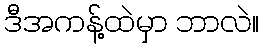
ဒီအကန့်ထဲမှာ ဘာလဲ။